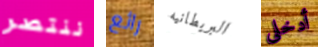
ننتصر رائع البريطانيه أدخلى